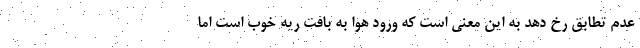
عدم تطابق رخ دهد به این معنی است که ورود هوا به بافت ریه خوب است اما